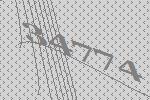
34774